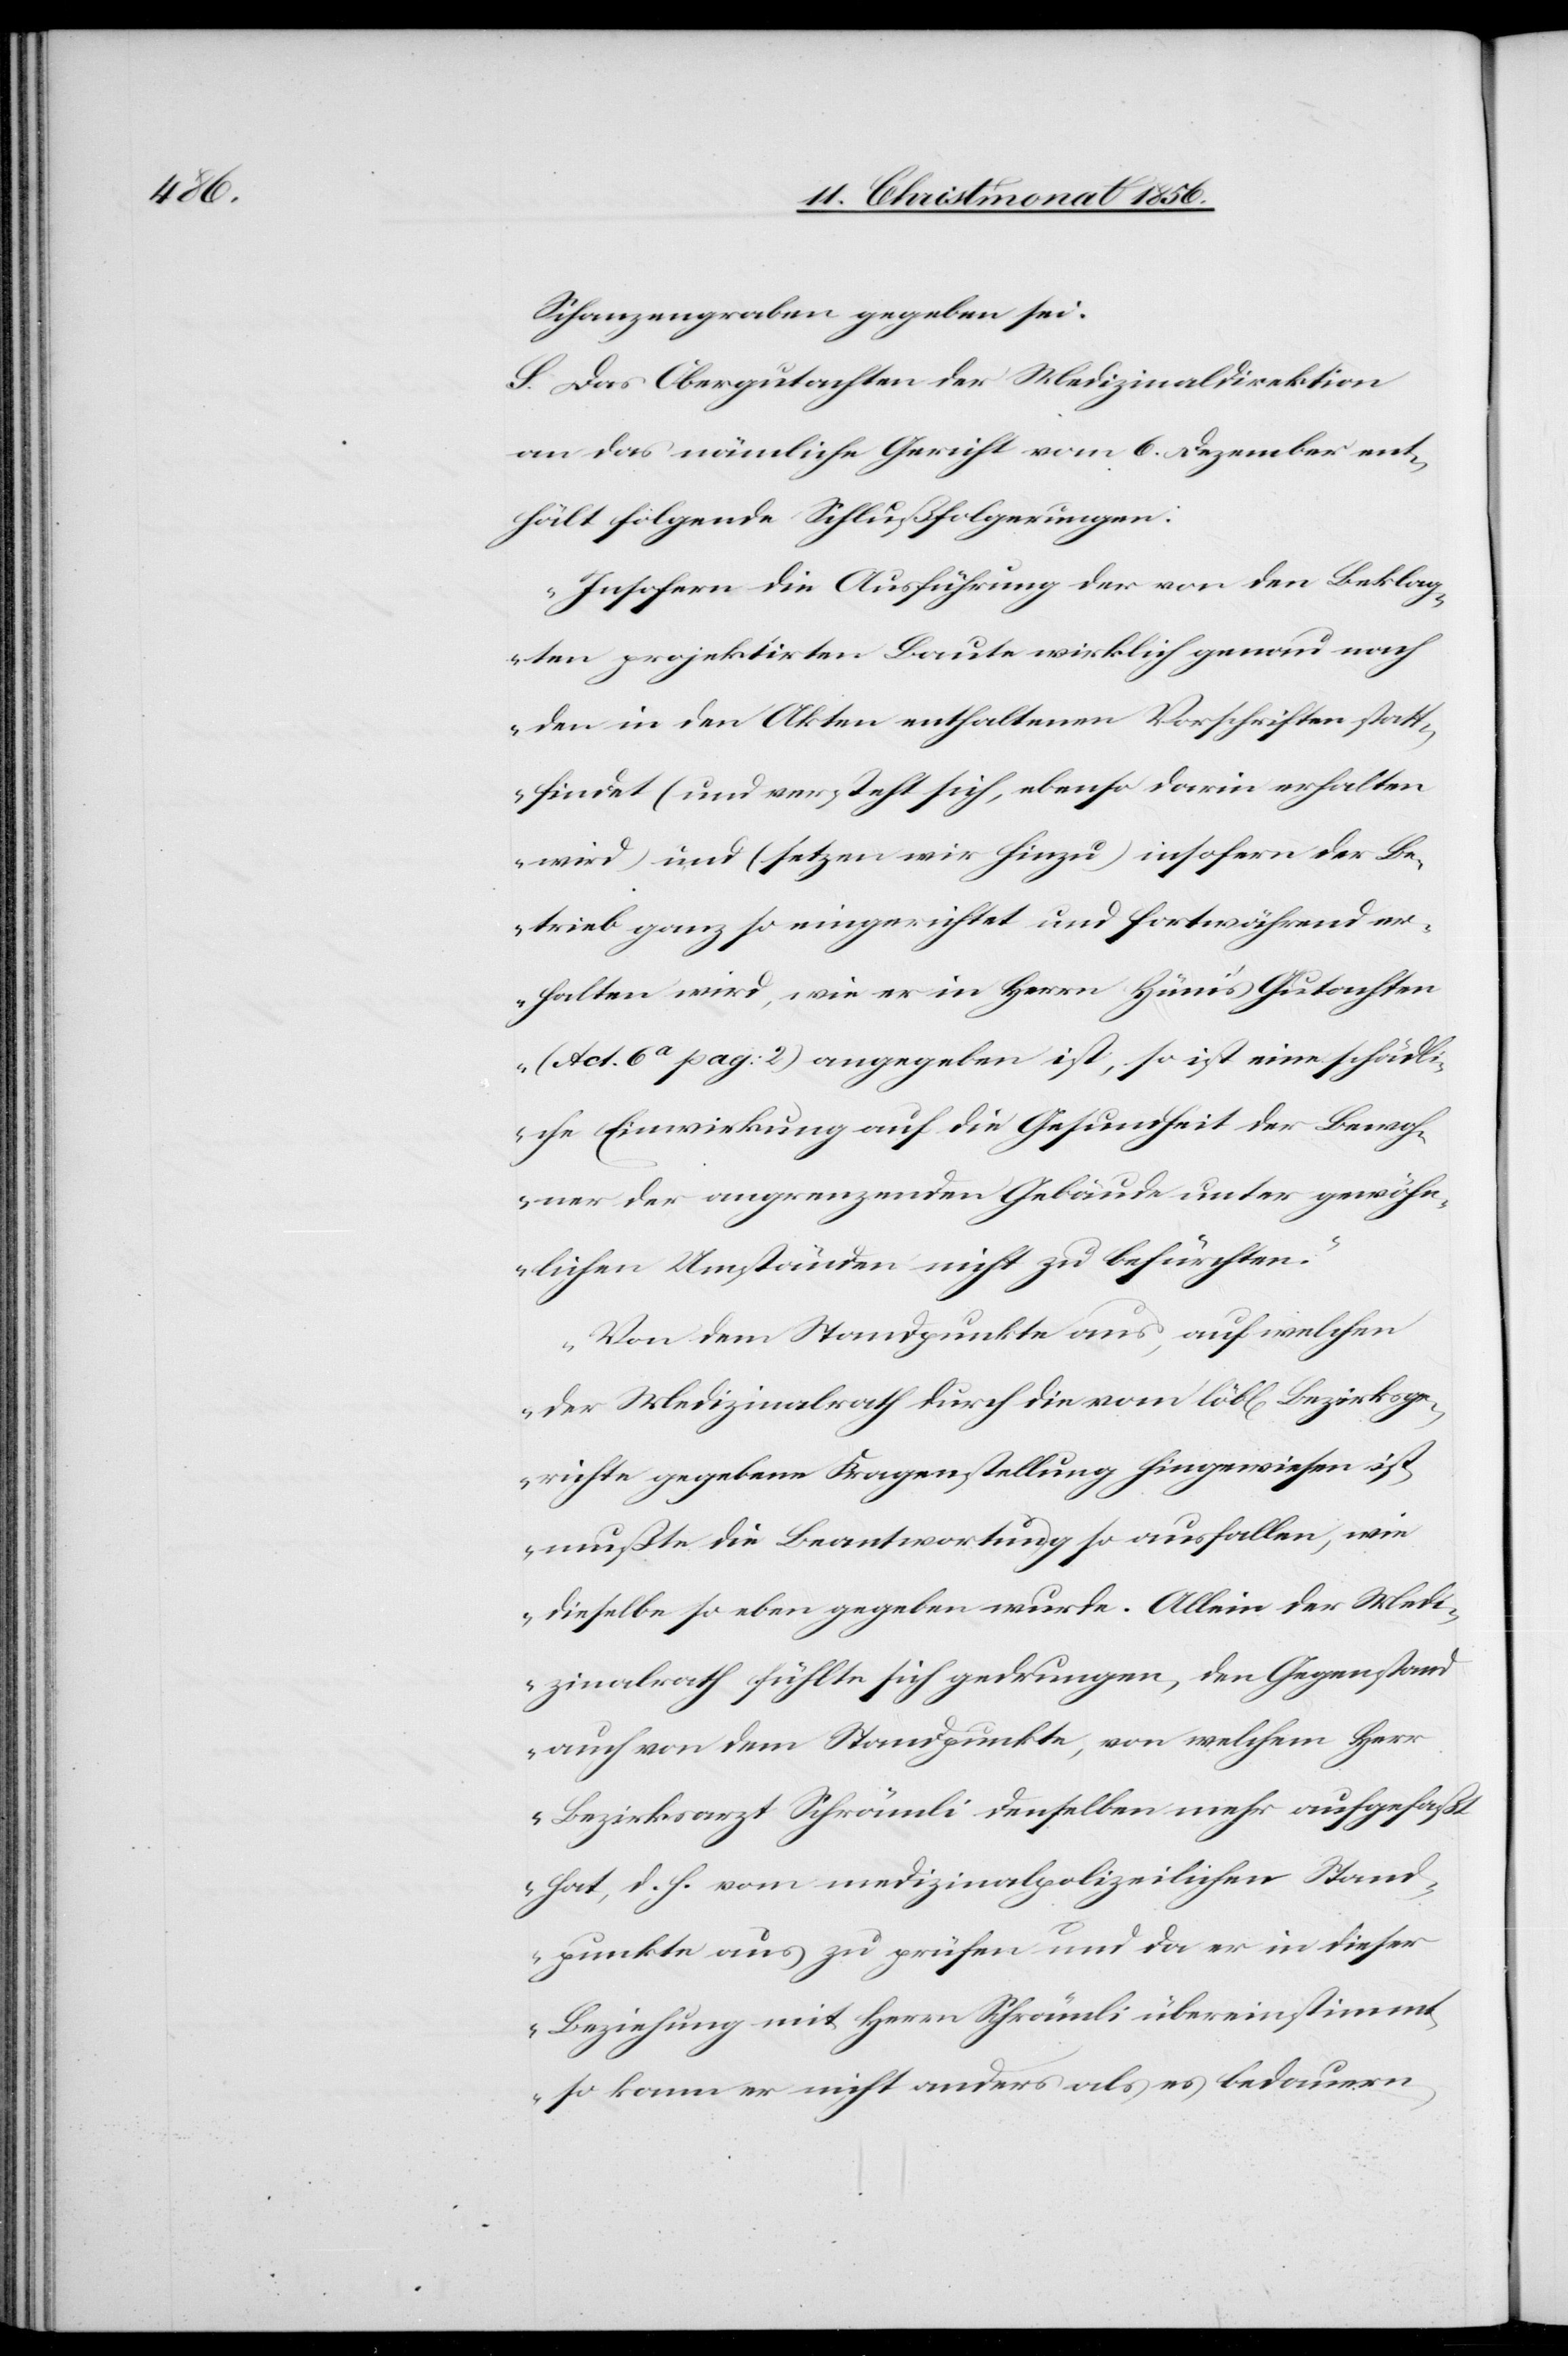
Schanzengraben gegeben sei.
S. Das Obergutachten der Medizinaldirektion
an das nämliche Gericht vom 6. Dezember ent¬
hält folgende Schlußfolgerungen:
„Insofern die Ausführung der von den Beklag¬
ten projektirten Baute wirklich genau nach
den in den Akten enthaltenen Vorschriften statt¬
findet (und versteht sich, ebenso darin erhalten
wird) und (setzen wir hinzu) insofern der Be¬
trieb ganz so eingerichtet und fortwährend er¬
halten wird, wie er in Herrn Hüni's Gutachten
(Act. 6a pag: 2) angegeben ist, so ist eine schädl¬
iche Einwirkung auf die Gesundheit der Bewoh¬
ner der angrenzenden Gebäude unter gewöhn¬
lichen Umständen nicht zu befürchten.“
„Von dem Standpunkte aus, auf welchen
der Medizinalrath durch die vom löbl[ichen] Bezirksge¬
richte gegebene Fragenstellung hingewiesen ist,
mußte die Beantwortung so ausfallen, wie
dieselbe so eben gegeben wurde. Allein der Medi¬
zinalrath fühlte sich gedrungen, den Gegenstand
auch von dem Standpunkte, von welchem Herr
Bezirksarzt Schrämli denselben mehr aufgefaßt
hat, d. h. vom medizinalpolizeilichen Stand¬
punkte aus zu prüfen und da er in dieser
Beziehung mit Herrn Schrämli übereinstimmt,
so kann er nicht anders als es bedauern,